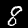
Digit: 8